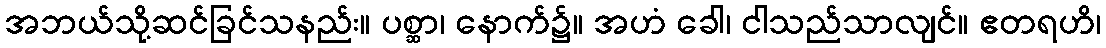
အဘယ်သို့ဆင်ခြင်သနည်း။ ပစ္ဆာ၊ နောက်၌။ အဟံ ခေါ၊ ငါသည်သာလျင်။ ဧတရဟိ၊